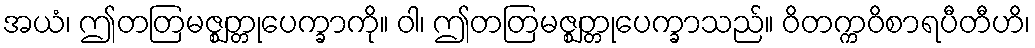
အယံ၊ ဤတတြမဇ္ဈတ္တုပေက္ခာကို။ ဝါ၊ ဤတတြမဇ္ဈတ္တုပေက္ခာသည်။ ဝိတက္ကဝိစာရပီတီဟိ၊